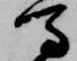
馬